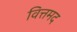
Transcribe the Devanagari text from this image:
वित्तमद